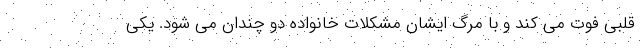
قلبی فوت می کند و با مرگ ایشان مشکلات خانواده دو چندان می شود. یکی